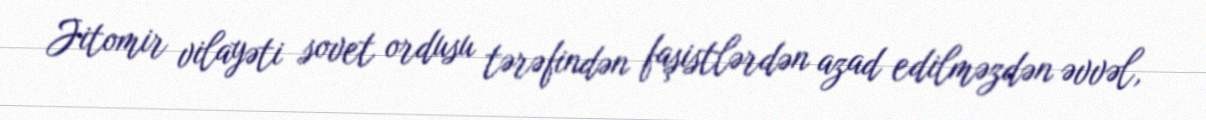
Jitomir vilayəti sovet ordusu tərəfindən faşistlərdən azad edilməzdən əvvəl,